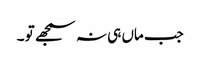
جب ماں ہی نہ سمجھے تو ۔